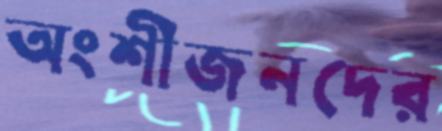
অংশীজনদের